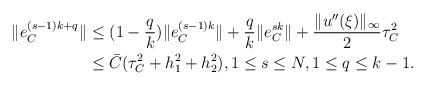
\begin{align*} \|e_C^{(s-1)k+q}\| &\leq (1 - \frac{q}{k}) \|e_C^{(s-1)k}\| + \frac{q}{k} \|e_C^{sk}\| + \frac{\|u''(\xi)\|_{\infty}}{2}\tau_C^2 \\ &\leq \bar{C}(\tau_{C}^{2} + h_1^2 + h_2^2 ), 1 \leq s \leq N, 1 \leq q \leq k-1. \end{align*}